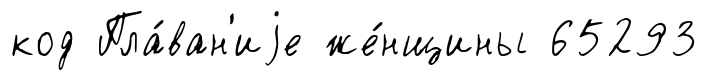
код Пла́ван'иjе же́нщины 65293